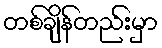
တစ်ချိန်တည်းမှာ